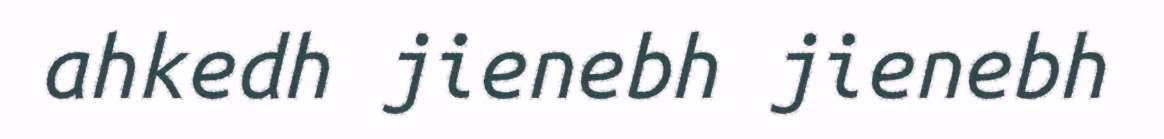
ahkedh jienebh jienebh